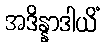
အဒိန္နာဒါယိံ